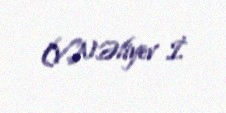
(V.N.Əliyev İ.